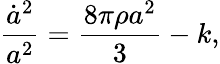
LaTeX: {\frac{\dot{a}^{2}}{a^{2}}}=\frac{8\pi\rho a^{2}}{3}-k,